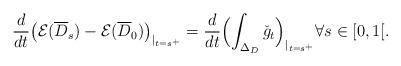
LaTeX: \begin{align*}\frac{d}{dt}\bigl(\mathcal{E}(\overline{D}_s)-\mathcal{E}(\overline{D}_0)\bigr)_{|_{t=s^+}}=\frac{d}{dt}\Bigl(\int_{\Delta_D}\check{g}_t\Bigr)_{|_{t=s^+}}\forall s\in [0,1[.\end{align*}